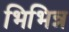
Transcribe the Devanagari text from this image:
भिभिन्न